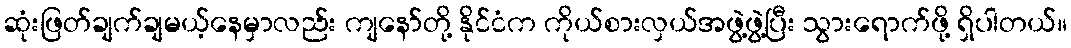
ဆုံးဖြတ်ချက်ချမယ့်နေမှာလည်း ကျနော်တို့ နိုင်ငံက ကိုယ်စားလှယ်အဖွဲ့ဖွဲ့ပြီး သွားရောက်ဖို့ ရှိပါတယ်။